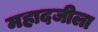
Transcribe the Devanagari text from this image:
महादजीला